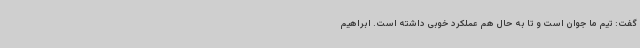
گفت: تیم ما جوان است و تا به حال هم عملکرد خوبی داشته است. ابراهیم